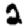
Digit: 2